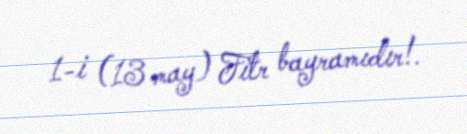
1-i (13 may) Fitr bayramıdır!.